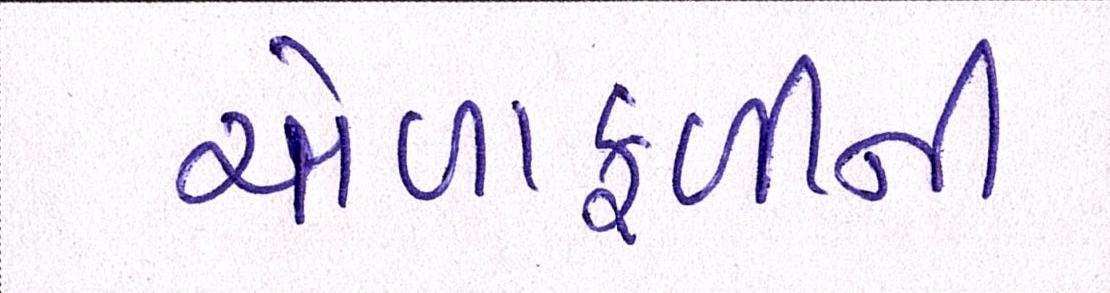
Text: ચોળાફળીની